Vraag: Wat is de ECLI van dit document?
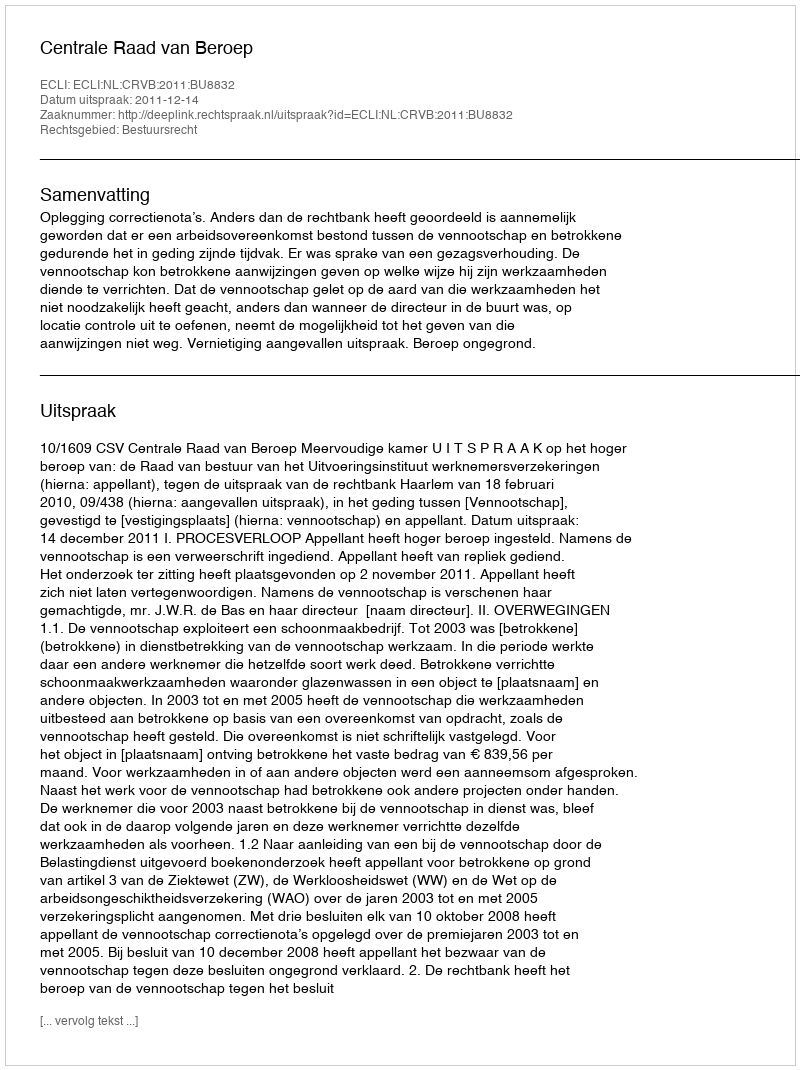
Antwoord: ECLI:NL:CRVB:2011:BU8832